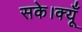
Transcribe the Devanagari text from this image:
सके।क्यूँ